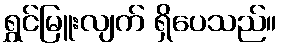
ရွှင်မြူးလျက် ရှိပေသည်။